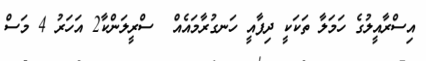
އިސްރާއީލުގެ ހަމަލާ ތަކަކީ ދިފާއީ ހަނގުރާމައެއް  ސްރީލަންކާ2 އަހަރު 4 މަސް